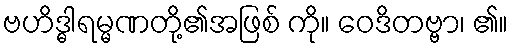
ဗဟိဒ္ဓါရမ္မဏတို့၏အဖြစ် ကို။ ဝေဒိတဗ္ဗာ၊ ၏။